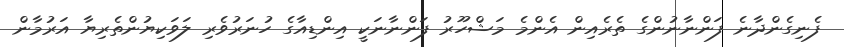
ފެނިގެންދާނެ ފަންނާނުންގެ ތެރެއިން އެންމެ މަޝްހޫރު ފަންނާނަކީ އިންޑިއާގެ ހުނަރުވެރި ލަވަކިޔުންތެރިޔާ އަރުމާން